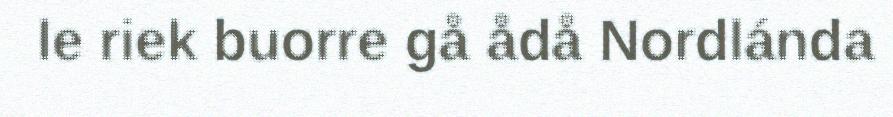
le riek buorre gå ådå Nordlánda